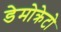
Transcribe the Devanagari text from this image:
डेमोक्रेटो